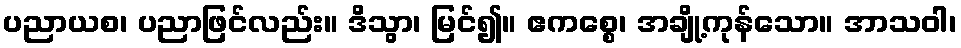
ပညာယစ၊ ပညာဖြင်လည်း။ ဒိသွာ၊ မြင်၍။ ဧကစ္စေ၊ အချို့ကုန်သော။ အာသဝါ၊